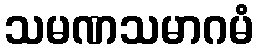
သမဏသမာဂမံ